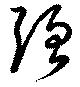
強